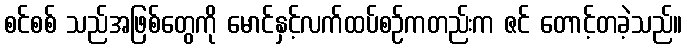
စင်စစ် သည်အဖြစ်တွေကို မောင်နှင့်လက်ထပ်စဉ်ကတည်းက ဇင် တောင့်တခဲ့သည်။